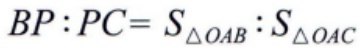
$BP:PC = S_{\triangle OAB}:S_{\triangle OAC}$